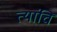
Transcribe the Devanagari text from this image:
त्यांचि